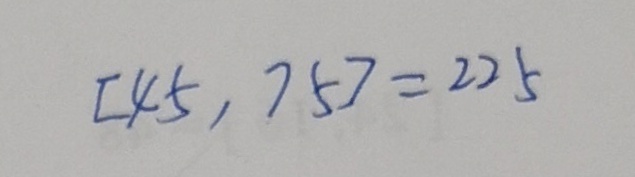
[ 4 5 , 7 5 ] = 2 2 5